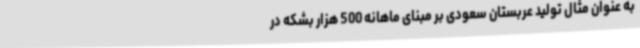
به عنوان مثال تولید عربستان سعودی بر مبنای ماهانه 500 هزار بشکه در